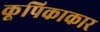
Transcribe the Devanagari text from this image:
कूपिकाकार